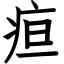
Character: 疸